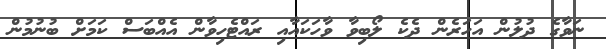
ނަވާގެ ދުލުން އަހަރެން ދެކެ ލޯބިވާ ވާހަކައާއި ރައްޓެހިވާން އެއްބަސް ކަމަށް ބުނުމުން